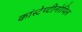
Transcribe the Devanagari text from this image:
कांस्टेण्टीनोपिल